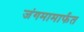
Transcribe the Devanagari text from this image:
जंगमामार्फत